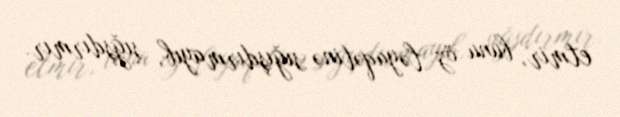
etmir, bunu öz ləyaqətinə sığışdırmayıb, sığşdırmır.